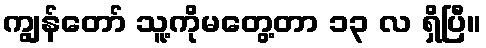
ကျွန်တော် သူ့ကိုမတွေ့တာ ၁၃ လ ရှိပြီ။